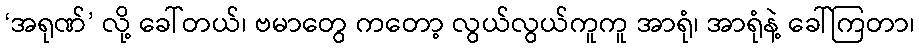
‘အရုဏ်’ လို့ ခေါ်တယ်၊ ဗမာတွေ ကတော့ လွယ်လွယ်ကူကူ အာရုံ၊ အာရုံနဲ့ ခေါ်ကြတာ၊